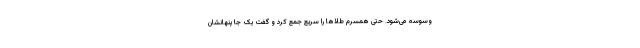
وسوسه می‌شود. حتی همسرم طلاها را سریع جمع کرد و گفت یک جا پنهانشان